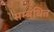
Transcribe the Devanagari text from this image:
सम्‍बंधित